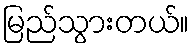
မြည်သွားတယ်။